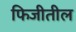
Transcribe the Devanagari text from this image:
फिजीतील